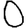
Digit: 0